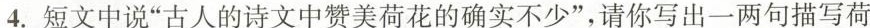
4.短文中说”古人的诗文中赞美荷花的确实不少”，请你写出一两句描写荷